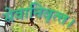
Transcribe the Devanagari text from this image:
सेवानिवृत्‍त।